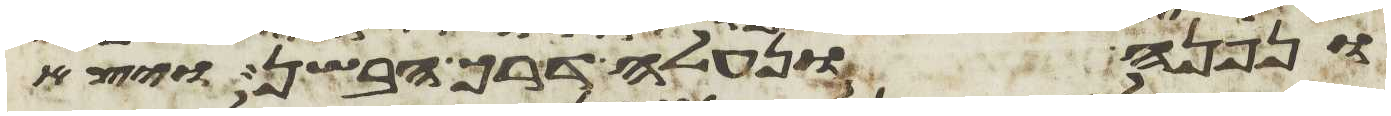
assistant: ונפנה ונעלה דרך הבשן ויצא